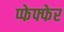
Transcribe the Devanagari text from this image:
प्फेफ्फेर